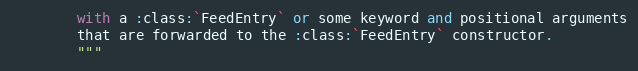
Language: Python
        with a :class:`FeedEntry` or some keyword and positional arguments
        that are forwarded to the :class:`FeedEntry` constructor.
        """